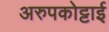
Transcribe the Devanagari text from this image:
अरुपकोट्टाई